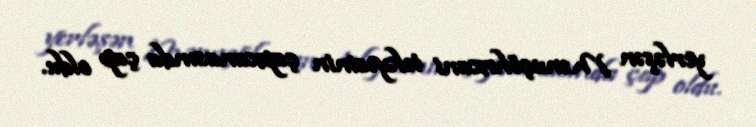
yerləşən Mənuçöhrxani tekyəsinin çapxanasında çap oldu.